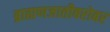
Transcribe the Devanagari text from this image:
ब्राह्मणजातीबरोबर